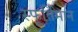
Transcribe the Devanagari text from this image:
स्फूर्तिमान